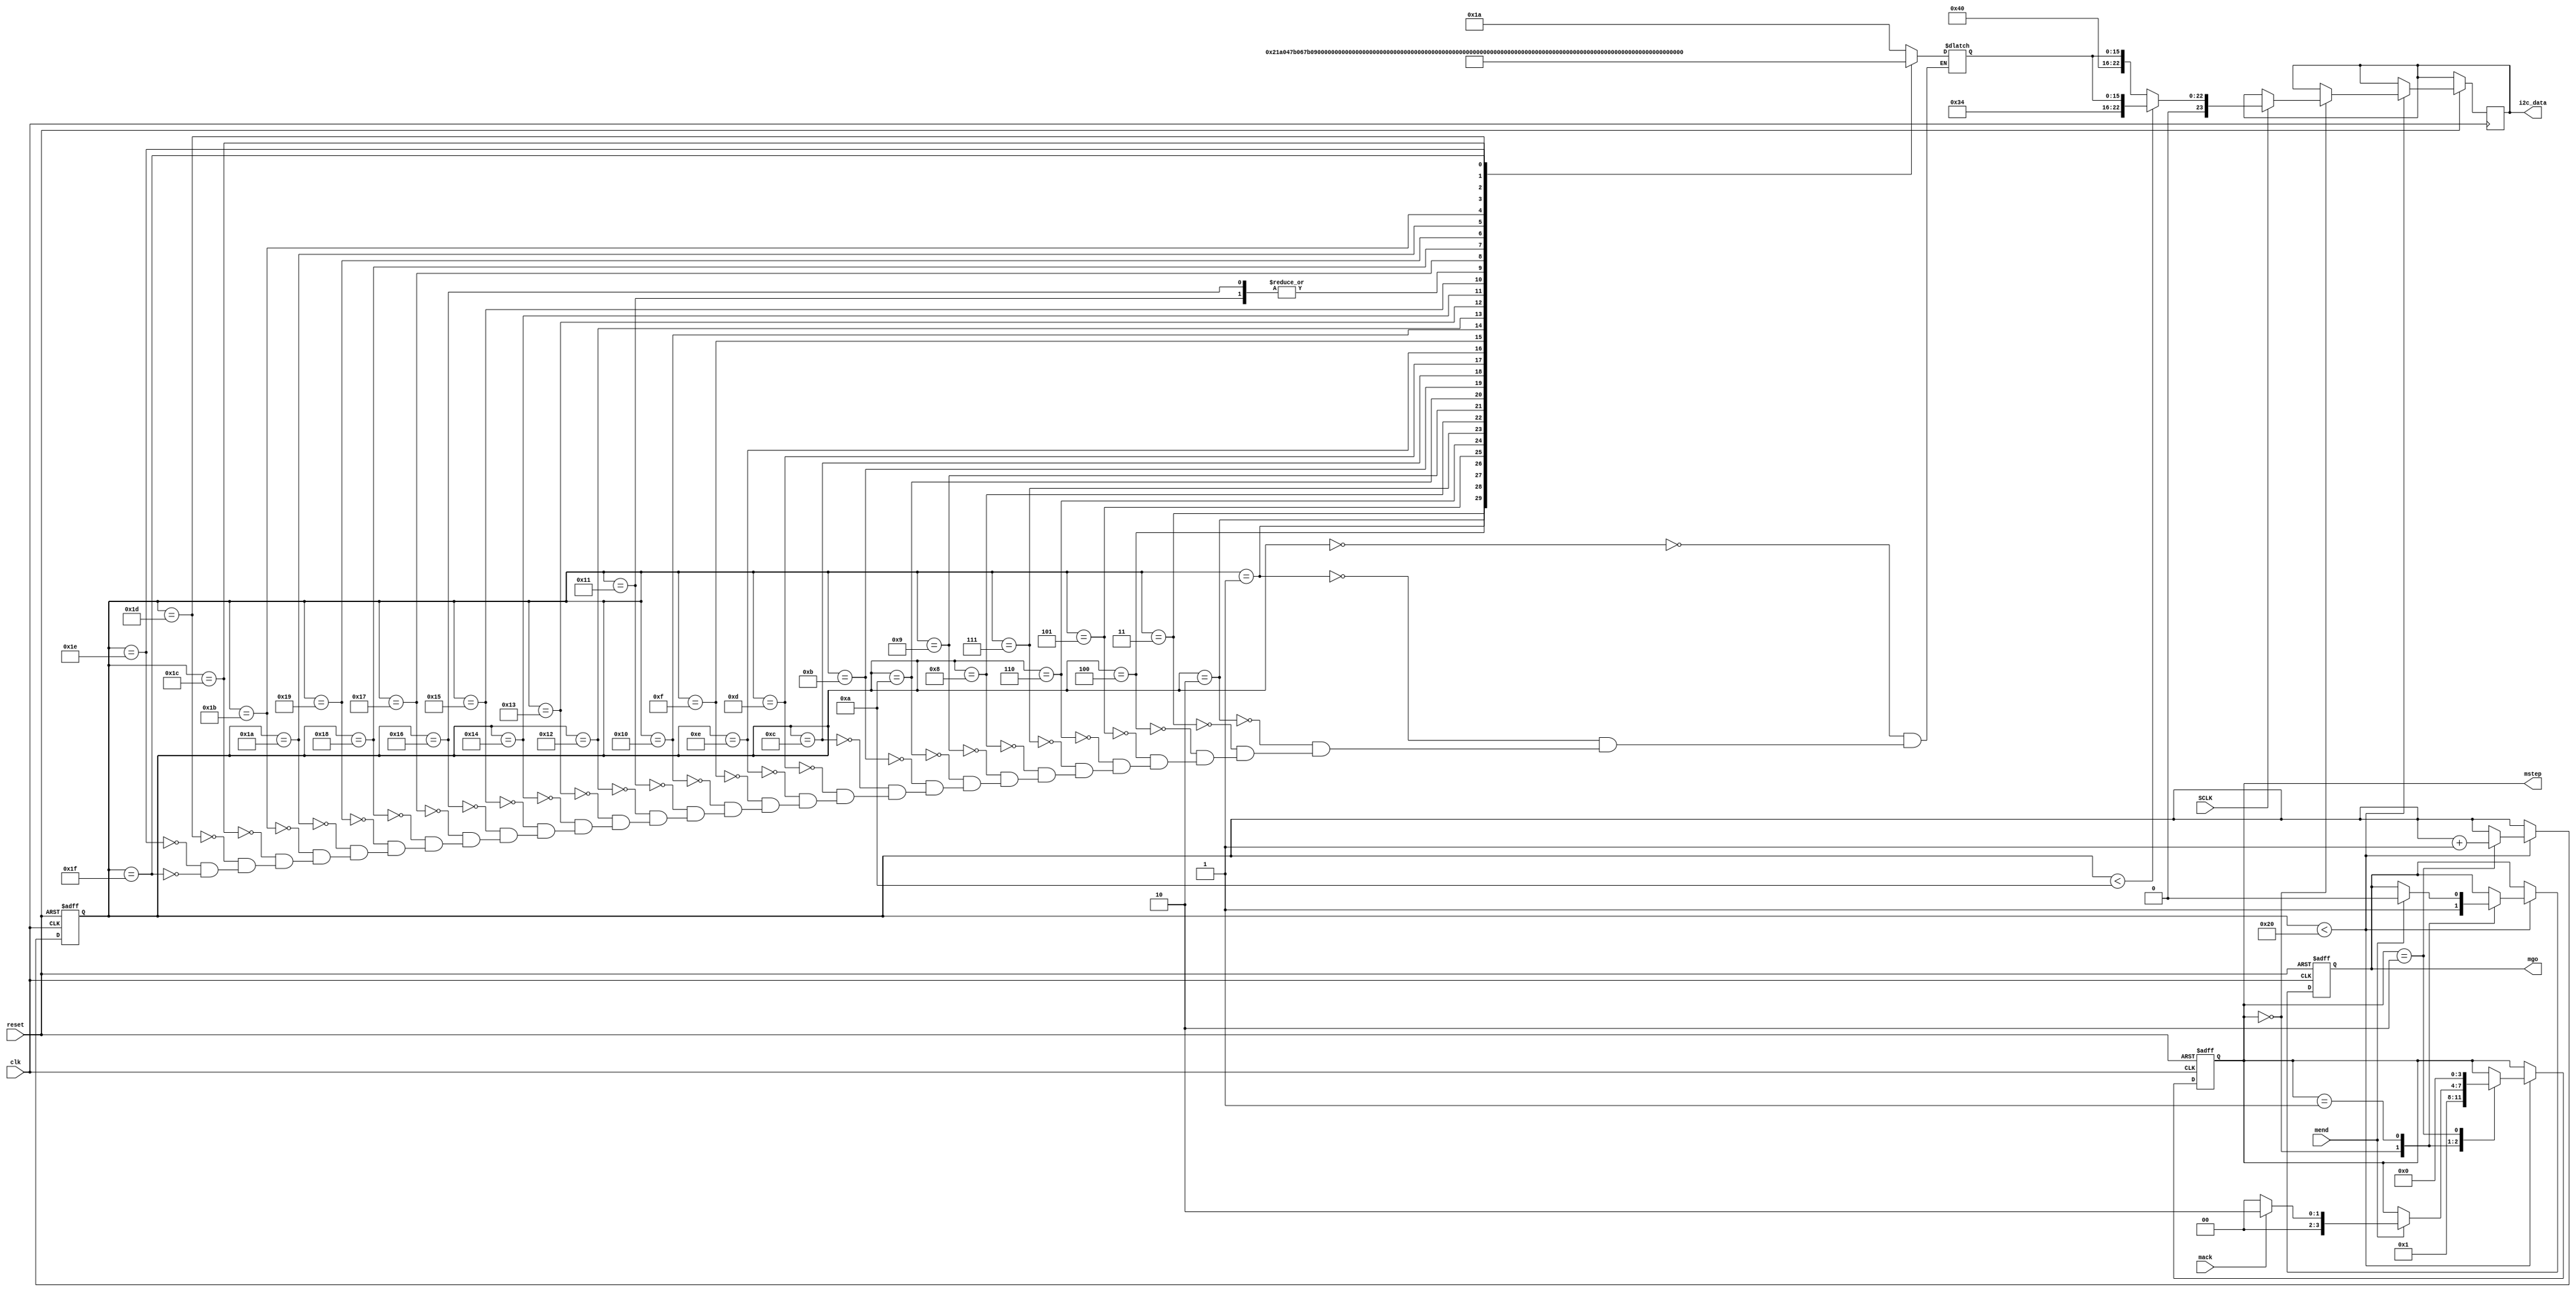
module i2c_av_cfg (
			clk, // 50k clock
			reset, // switch 0 on DE2 board
			mend,  // end of load
			mstep,
			SCLK,
			mack,  // acknowledge reference bit
			mgo,   // go transfer for each value
			i2c_data // 23 bit register (8 command, 8 address, 8 data)
			
			);
			
input		clk;
input		reset;
input		SCLK;

input 	mend;
input 	mack;

output[3:0] mstep;
output	mgo;
output[23:0] i2c_data;

// internal register

reg		mgo;
reg[23:0] i2c_data;
reg[15:0] LUT_data;
reg[5:0]  LUT_index;
reg[3:0]  mstep;


// LUT data size value for both audio and video register

parameter 	LUT_size		= 32; // number of values loaded both audio and serial

//Audio register values  ( 9 in total)

parameter	set_lin_l	= 0;
parameter 	set_lin_r	= 1;
parameter 	set_head_l	= 2;
parameter	set_head_r	= 3;
parameter	a_path_cntrl = 4;
parameter 	d_path_cntrl = 5;
parameter	power_on		= 6;
parameter	set_format	= 7;
parameter	sample_cntrl = 8;
parameter 	set_active	= 9;

// video registers

parameter	set_video	= 10; //( beginning of video data load)

// config controllers [Audio and video]

always @ (posedge clk or negedge reset)

begin

	if (!reset)
	
		begin
		
		LUT_index	<= 0;
		mstep			<= 0;
		mgo			<= 0;
		
		end
		else
		
		begin
		
		if (LUT_index < LUT_size)
		begin
		
			case(mstep)
			0: begin
					if (SCLK)
					if(LUT_index < set_video)
					
					i2c_data <= {8'h34,LUT_data};
					else
					i2c_data <= {8'h40,LUT_data};
					mgo <= 1;
					mstep <= 1;
				end
				
			1: begin
			
					if (mend)
					begin
					
						if (mack)
						mstep <= 2;
						else
						mstep <= 0;
						mgo <= 0;
						end
					end
					
			2: begin
			
					LUT_index <= LUT_index + 1;
					mstep <= 0;
					
					end
					
				endcase
			end
		end
	end
				


always 

begin

case ( LUT_index)				

// audio config values

set_lin_l		: LUT_data <= 16'h001a;
set_lin_r		: LUT_data <= 16'h021a;
set_head_l		: LUT_data <= 16'h047b;
set_head_r		: LUT_data <= 16'h067b;
a_path_cntrl	: LUT_data <= 16'h08f8;
d_path_cntrl	: LUT_data <= 16'h0a06;
power_on			: LUT_data <= 16'h0c00;
set_format		: LUT_data <= 16'h0e01;
sample_cntrl 	: LUT_data <= 16'h1002;
set_active		: LUT_data <= 16'h1201;
// video config values
set_video+0 	: LUT_data <= 16'h0000;
set_video+1 	: LUT_data <= 16'hc301;
set_video+2 	: LUT_data <= 16'hc480;
set_video+3 	: LUT_data <= 16'h0457;
set_video+4 	: LUT_data <= 16'h1741;
set_video+5 	: LUT_data <= 16'h5801;
set_video+6 	: LUT_data <= 16'h3da2;
set_video+7 	: LUT_data <= 16'h37a0;
set_video+8 	: LUT_data <= 16'h3e6a;
set_video+9 	: LUT_data <= 16'h3fa0;
set_video+10 	: LUT_data <= 16'h0e80;
set_video+11 	: LUT_data <= 16'h5581;
set_video+12 	: LUT_data <= 16'h37a0;
set_video+13	: LUT_data <= 16'h0880;
set_video+14 	: LUT_data <= 16'h0a18;
set_video+15 	: LUT_data <= 16'h2c8e;
set_video+16 	: LUT_data <= 16'h2df8;
set_video+17 	: LUT_data <= 16'h2ece;
set_video+18 	: LUT_data <= 16'h2ff4;
set_video+19 	: LUT_data <= 16'h30b2;
set_video+20 	: LUT_data <= 16'h3102;
set_video+21 	: LUT_data <= 16'h0e00;

endcase

end

endmodule